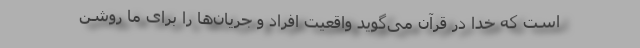
است که خدا در قرآن می‌گوید واقعیت افراد و جریان‌ها را برای ما روشن